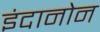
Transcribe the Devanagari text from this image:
इंदानोन